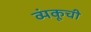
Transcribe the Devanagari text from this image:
व्यंकूची